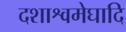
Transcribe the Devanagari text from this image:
दशाश्वमेघादि